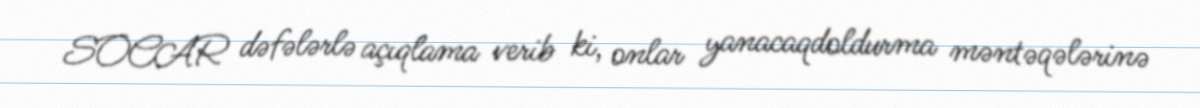
SOCAR dəfələrlə açıqlama verib ki, onlar yanacaqdoldurma məntəqələrinə